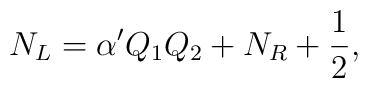
N_L= \alpha^{\prime}Q_1Q_2+N_R+{1\over 2},